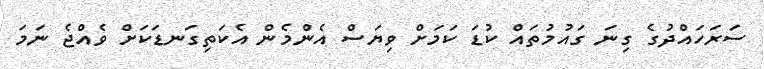
ސަރަހައްދުގެ ގިނަ ގައުމުތައް ކުޑަ ކަމަށް ވިޔަސް އެންމެން އެކަތިގަނޑަކަށް ވެއްޖެ ނަމަ